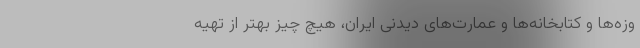
وزه‌ها و کتابخانه‌ها و عمارت‌های دیدنی ایران، هیچ چیز بهتر از تهیه